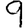
Digit: 9